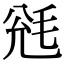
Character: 毤